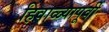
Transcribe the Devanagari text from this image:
हिवाळ्यापूर्वी